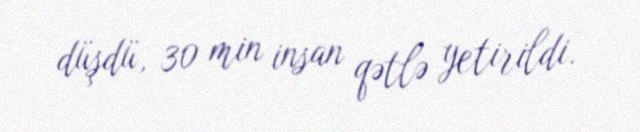
düşdü, 30 min insan qətlə yetirildi.